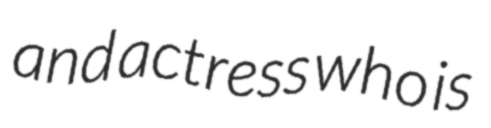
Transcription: and actress who is